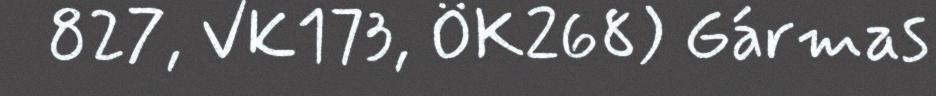
827, VK173, ÖK268) Gármas